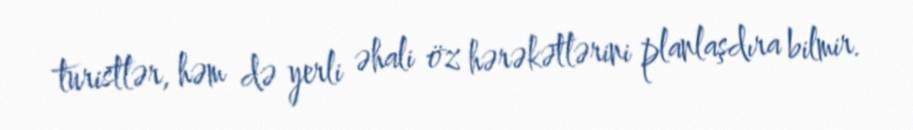
turistlər, həm də yerli əhali öz hərəkətlərini planlaşdıra bilmir.